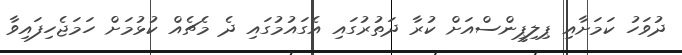
ދުވަހު ކަމަށާއި ޕިލިޕީންސްއަށް ކުރާ ދަތުރުގައި އެގައުމުގައި ދެ މެޗެއް ކުޅުމަށް ހަމަޖެހިފައިވާ